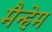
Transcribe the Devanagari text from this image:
मैन्हेम